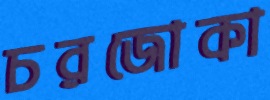
চরজোকা